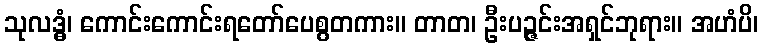
သုလဒ္ဓံ၊ ကောင်းကောင်းရတော်ပေစွတကား။ တာတ၊ ဦးပဉ္ဇင်းအရှင်ဘုရား။ အဟံပိ၊